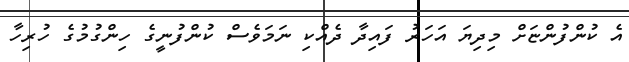
އެ ކުންފުންޏަށް މިދިޔަ އަހަރު ފައިދާ ދެއްކި ނަމަވެސް ކުންފުނީގެ ހިންގުމުގެ ހުރިހާ